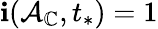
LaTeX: \mathbf{i}(\mathcal{{A}}_{\mathbb{{C}}},t_{*})=1